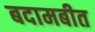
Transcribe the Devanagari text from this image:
बदामबीत